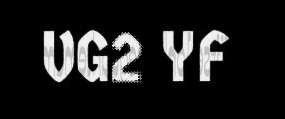
VG2 YF